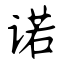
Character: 诺